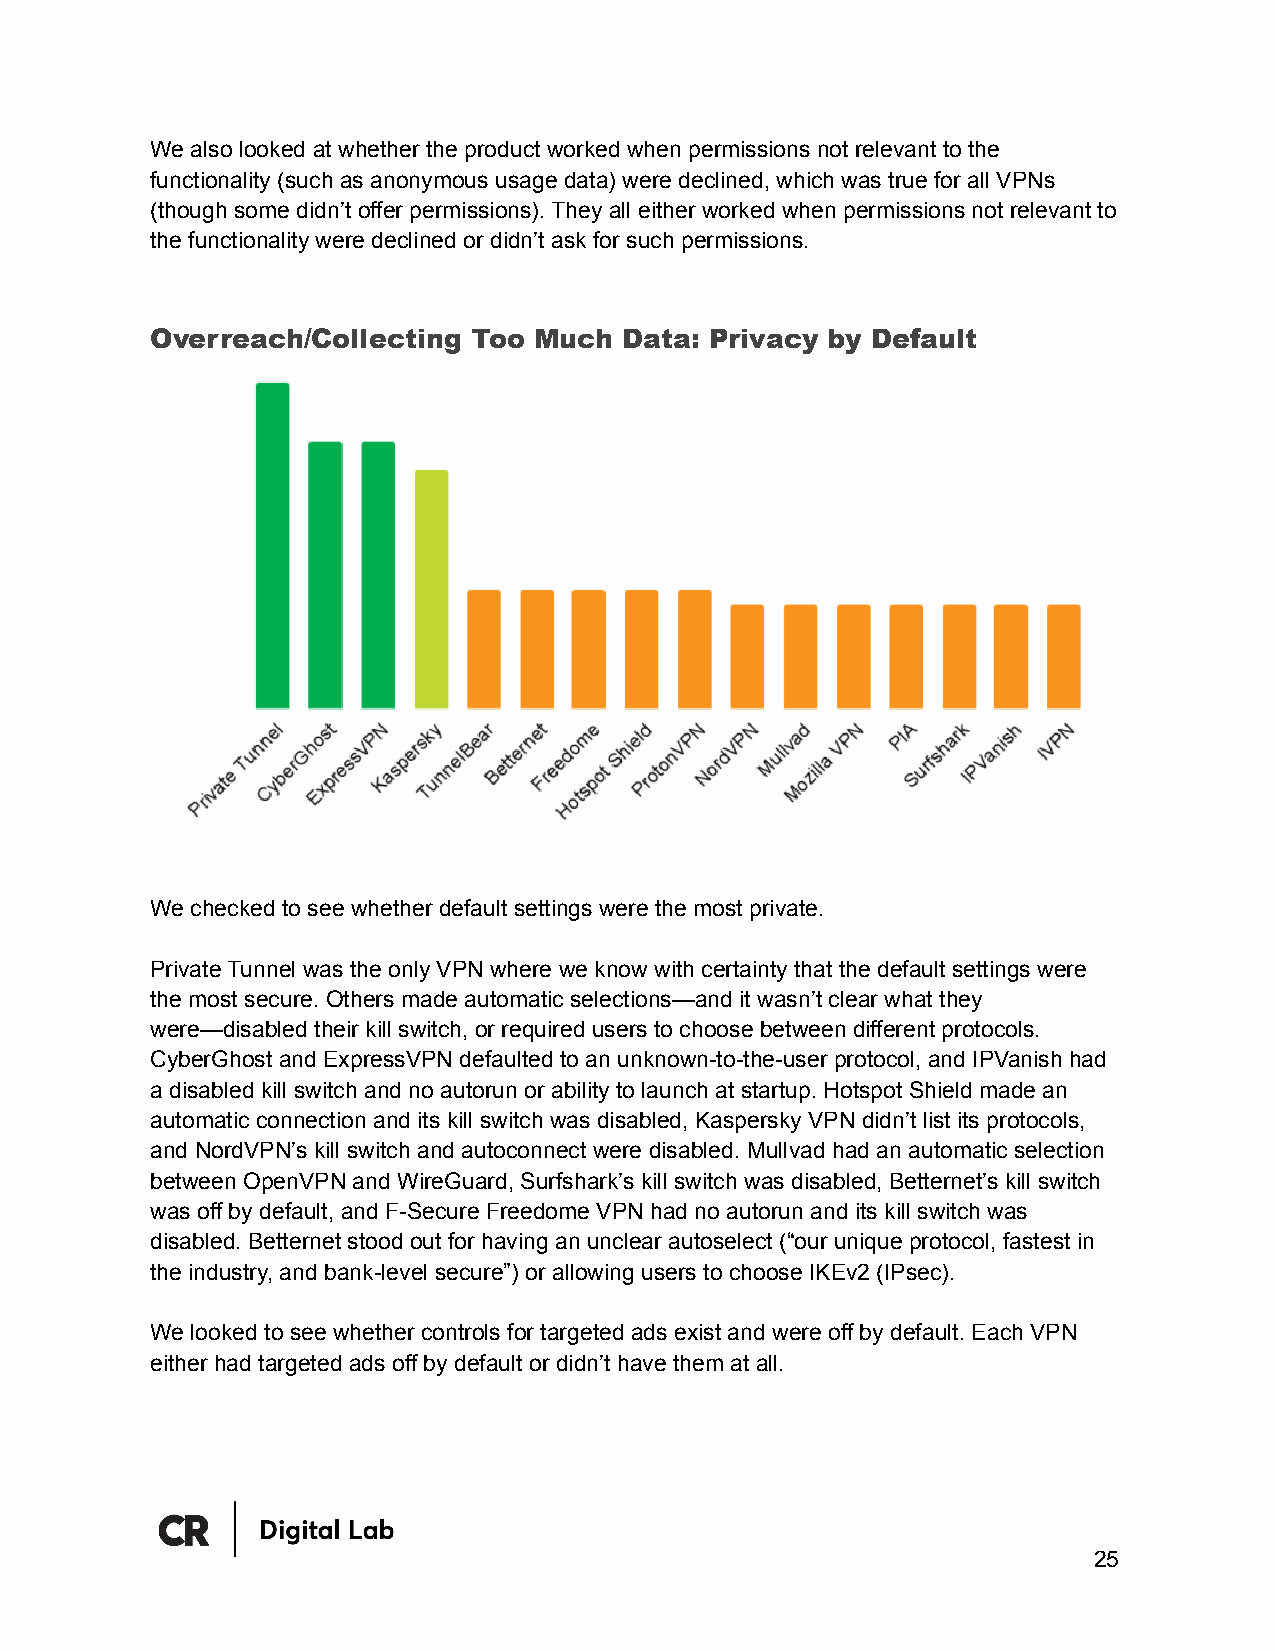
We also looked at whether the product worked when permissions not relevant to the
 functionality (such as anonymous usage data) were declined, which was true for all VPNs
 (though some didn’t offer permissions). They all either worked when permissions not relevant to
 the functionality were declined or didn’t ask for such permissions.
 Overreach/Collecting Too Much  Data: Privacy by Default
 We checked to see whether default settings were the most private.
 Private Tunnel was the only VPN where we know with certainty that the default settings were
 the most secure. Others made automatic selections—and it wasn’t clear what they
 were—disabled their kill switch, or required users to choose between different protocols.
 CyberGhost and ExpressVPN defaulted to an unknown-to-the-user protocol, and IPVanish had
 a disabled kill switch and no autorun or ability to launch at startup. Hotspot Shield made an
 automatic connection and its kill switch was disabled, Kaspersky VPN didn’t list its protocols,
 and NordVPN’s kill switch and autoconnect were disabled. Mullvad had an automatic selection
 between OpenVPN and WireGuard, Surfshark’s kill switch was disabled, Betternet’s kill switch
 was off by default, and F-Secure Freedome VPN had no autorun and its kill switch was
 disabled. Betternet stood out for having an unclear autoselect (“our unique protocol, fastest in
 the industry, and bank-level secure”) or allowing users to choose IKEv2 (IPsec).
 We looked to see whether controls for targeted ads exist and were off by default. Each VPN
 either had targeted ads off by default or didn’t have them at all.
 25